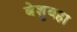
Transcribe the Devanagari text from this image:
बेशुबहा